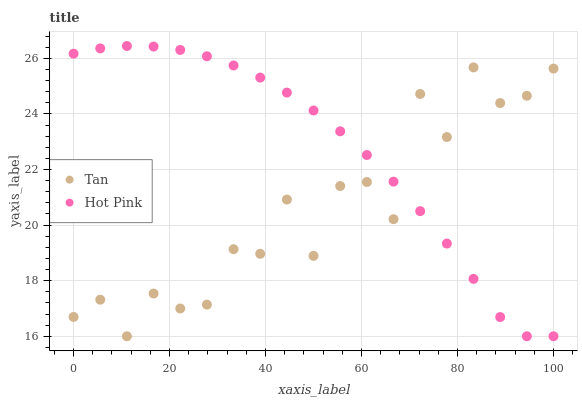
| xaxis_label | Tan | Hot Pink |
 | --- | --- | --- |
 | 0 | 16.7 | 26.2 |
 | 5.56 | 17.3 | 26.4 |
 | 11.1 | 16 | 26.4 |
 | 16.7 | 17.5 | 26.4 |
 | 22.2 | 17 | 26.3 |
 | 27.8 | 17.1 | 26.1 |
 | 33.3 | 19.1 | 25.7 |
 | 38.9 | 19 | 25.3 |
 | 44.4 | 20.9 | 24.8 |
 | 50 | 18.9 | 24.1 |
 | 55.6 | 21.4 | 23.4 |
 | 61.1 | 21.6 | 22.5 |
 | 66.7 | 20.2 | 21.6 |
 | 72.2 | 24.7 | 20.5 |
 | 77.8 | 23.2 | 19.3 |
 | 83.3 | 25.7 | 18.1 |
 | 88.9 | 24.4 | 16.7 |
 | 94.4 | 24.7 | 16 |
 | 100 | 25.6 | 16 |